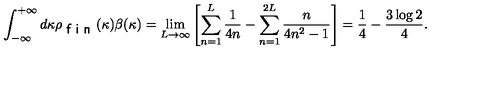
\int _ { - \infty } ^ { + \infty } d \kappa \rho _ { \textsf { f i n } } ( \kappa ) \beta ( \kappa ) = \lim _ { L \to \infty } \left[ \sum _ { n = 1 } ^ { L } \frac { 1 } { 4 n } - \sum _ { n = 1 } ^ { 2 L } \frac { n } { 4 n ^ { 2 } - 1 } \right] = \frac { 1 } { 4 } - \frac { 3 \log 2 } { 4 } .